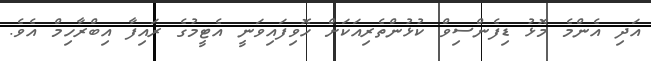
އަދި އެންމެ މޮޅު ޑިފެންސިވް ކުޅުންތެރިއަކަށް ހޮވިފައިވަނީ އެޓީމުގެ ރައިފާ އިބްރާހިމް އެވެ.